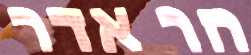
הר אדר